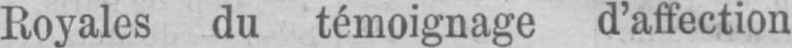
Royales du témoignage d’affection